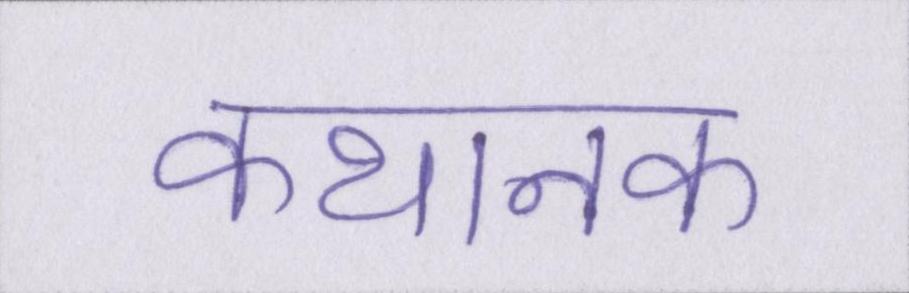
कथानक